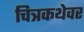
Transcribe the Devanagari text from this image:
चित्रकथेवर